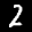
Label: 2